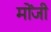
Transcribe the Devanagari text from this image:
मोंजी